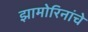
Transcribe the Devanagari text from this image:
झामोरिनांचे